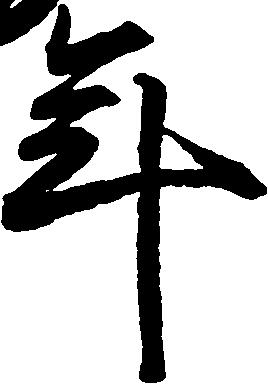
年